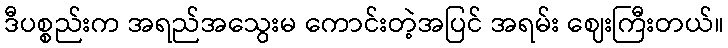
ဒီပစ္စည်းက အရည်အသွေးမ ကောင်းတဲ့အပြင် အရမ်း ဈေးကြီးတယ်။